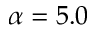
\alpha = 5 . 0